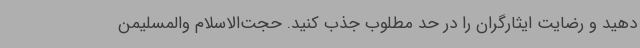
دهید و رضایت ایثارگران را در حد مطلوب جذب کنید. حجت‌الاسلام والمسلیمن